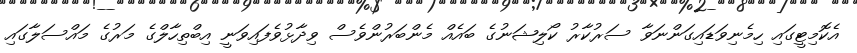
އެކޮމިޓީގައި ހިމެނިވަޑައިގަންނަވާ ސަރުކާރު ކޯލިޝަނުގެ ބައެއް މެންބަރުންވެސް ވިދާޅުވެފައިވަނީ އިބްތިހާލްގެ މަރުގެ މައްސަލާގައި